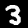
Digit: 3